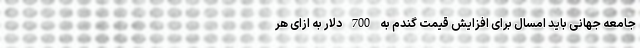
جامعه جهانی باید امسال برای افزایش قیمت گندم به 700 دلار به ازای هر